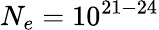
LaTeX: N_{e}=10^{21-24}